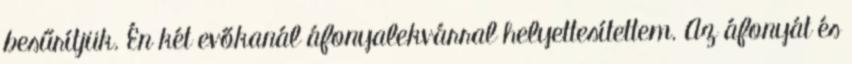
besűrítjük. Én két evőkanál áfonyalekvárral helyettesítettem. Az áfonyát és